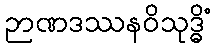
ဉာဏဒဿနဝိသုဒ္ဓိံ